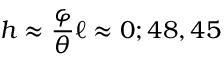
h \approx { \frac { \varphi } { \theta } } \ell \approx 0 ; 4 8 , 4 5